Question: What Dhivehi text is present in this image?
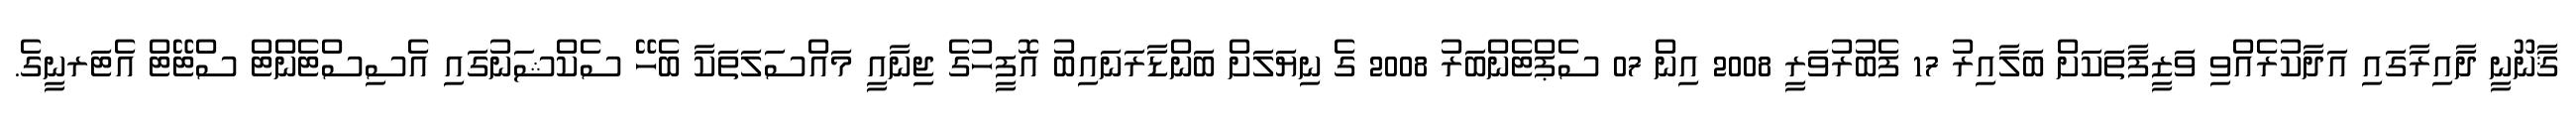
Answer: ޤާނޫނީ ދާއިރާގައި އަދާކުރެއްވި ވަޒީފާތަކަށް ބަލާއިރު 17 ފެބުރުވަރީ 2008 އިން 07 ސެޕްޓެންބަރު 2008 ގެ ނިޔަލަށް ބަންޑާރަނައިބު އޮފީހުގެ ޖިނާއީ މައްސަލަތަކާ ބެހޭ ސެކްޝަނުގައި އެސިސްޓެންޓް ސްޓޭޓް އެޓަރނީގެ.